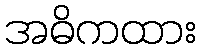
အဓိကထား